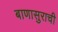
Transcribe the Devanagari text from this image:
बाणासुराची